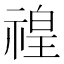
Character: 䄓